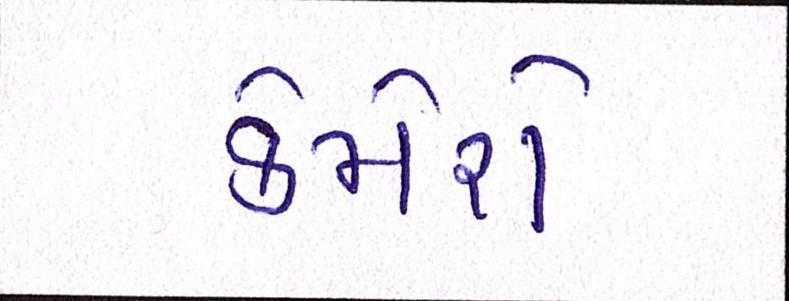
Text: કેમેરો